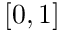
[ 0 , 1 ]